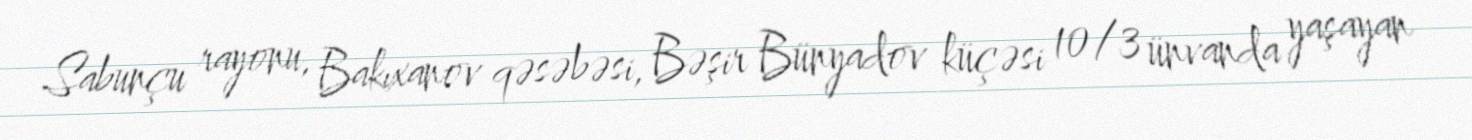
Sabunçu rayonu, Bakıxanov qəsəbəsi, Bəşir Bünyadov küçəsi 10/3 ünvanda yaşayan